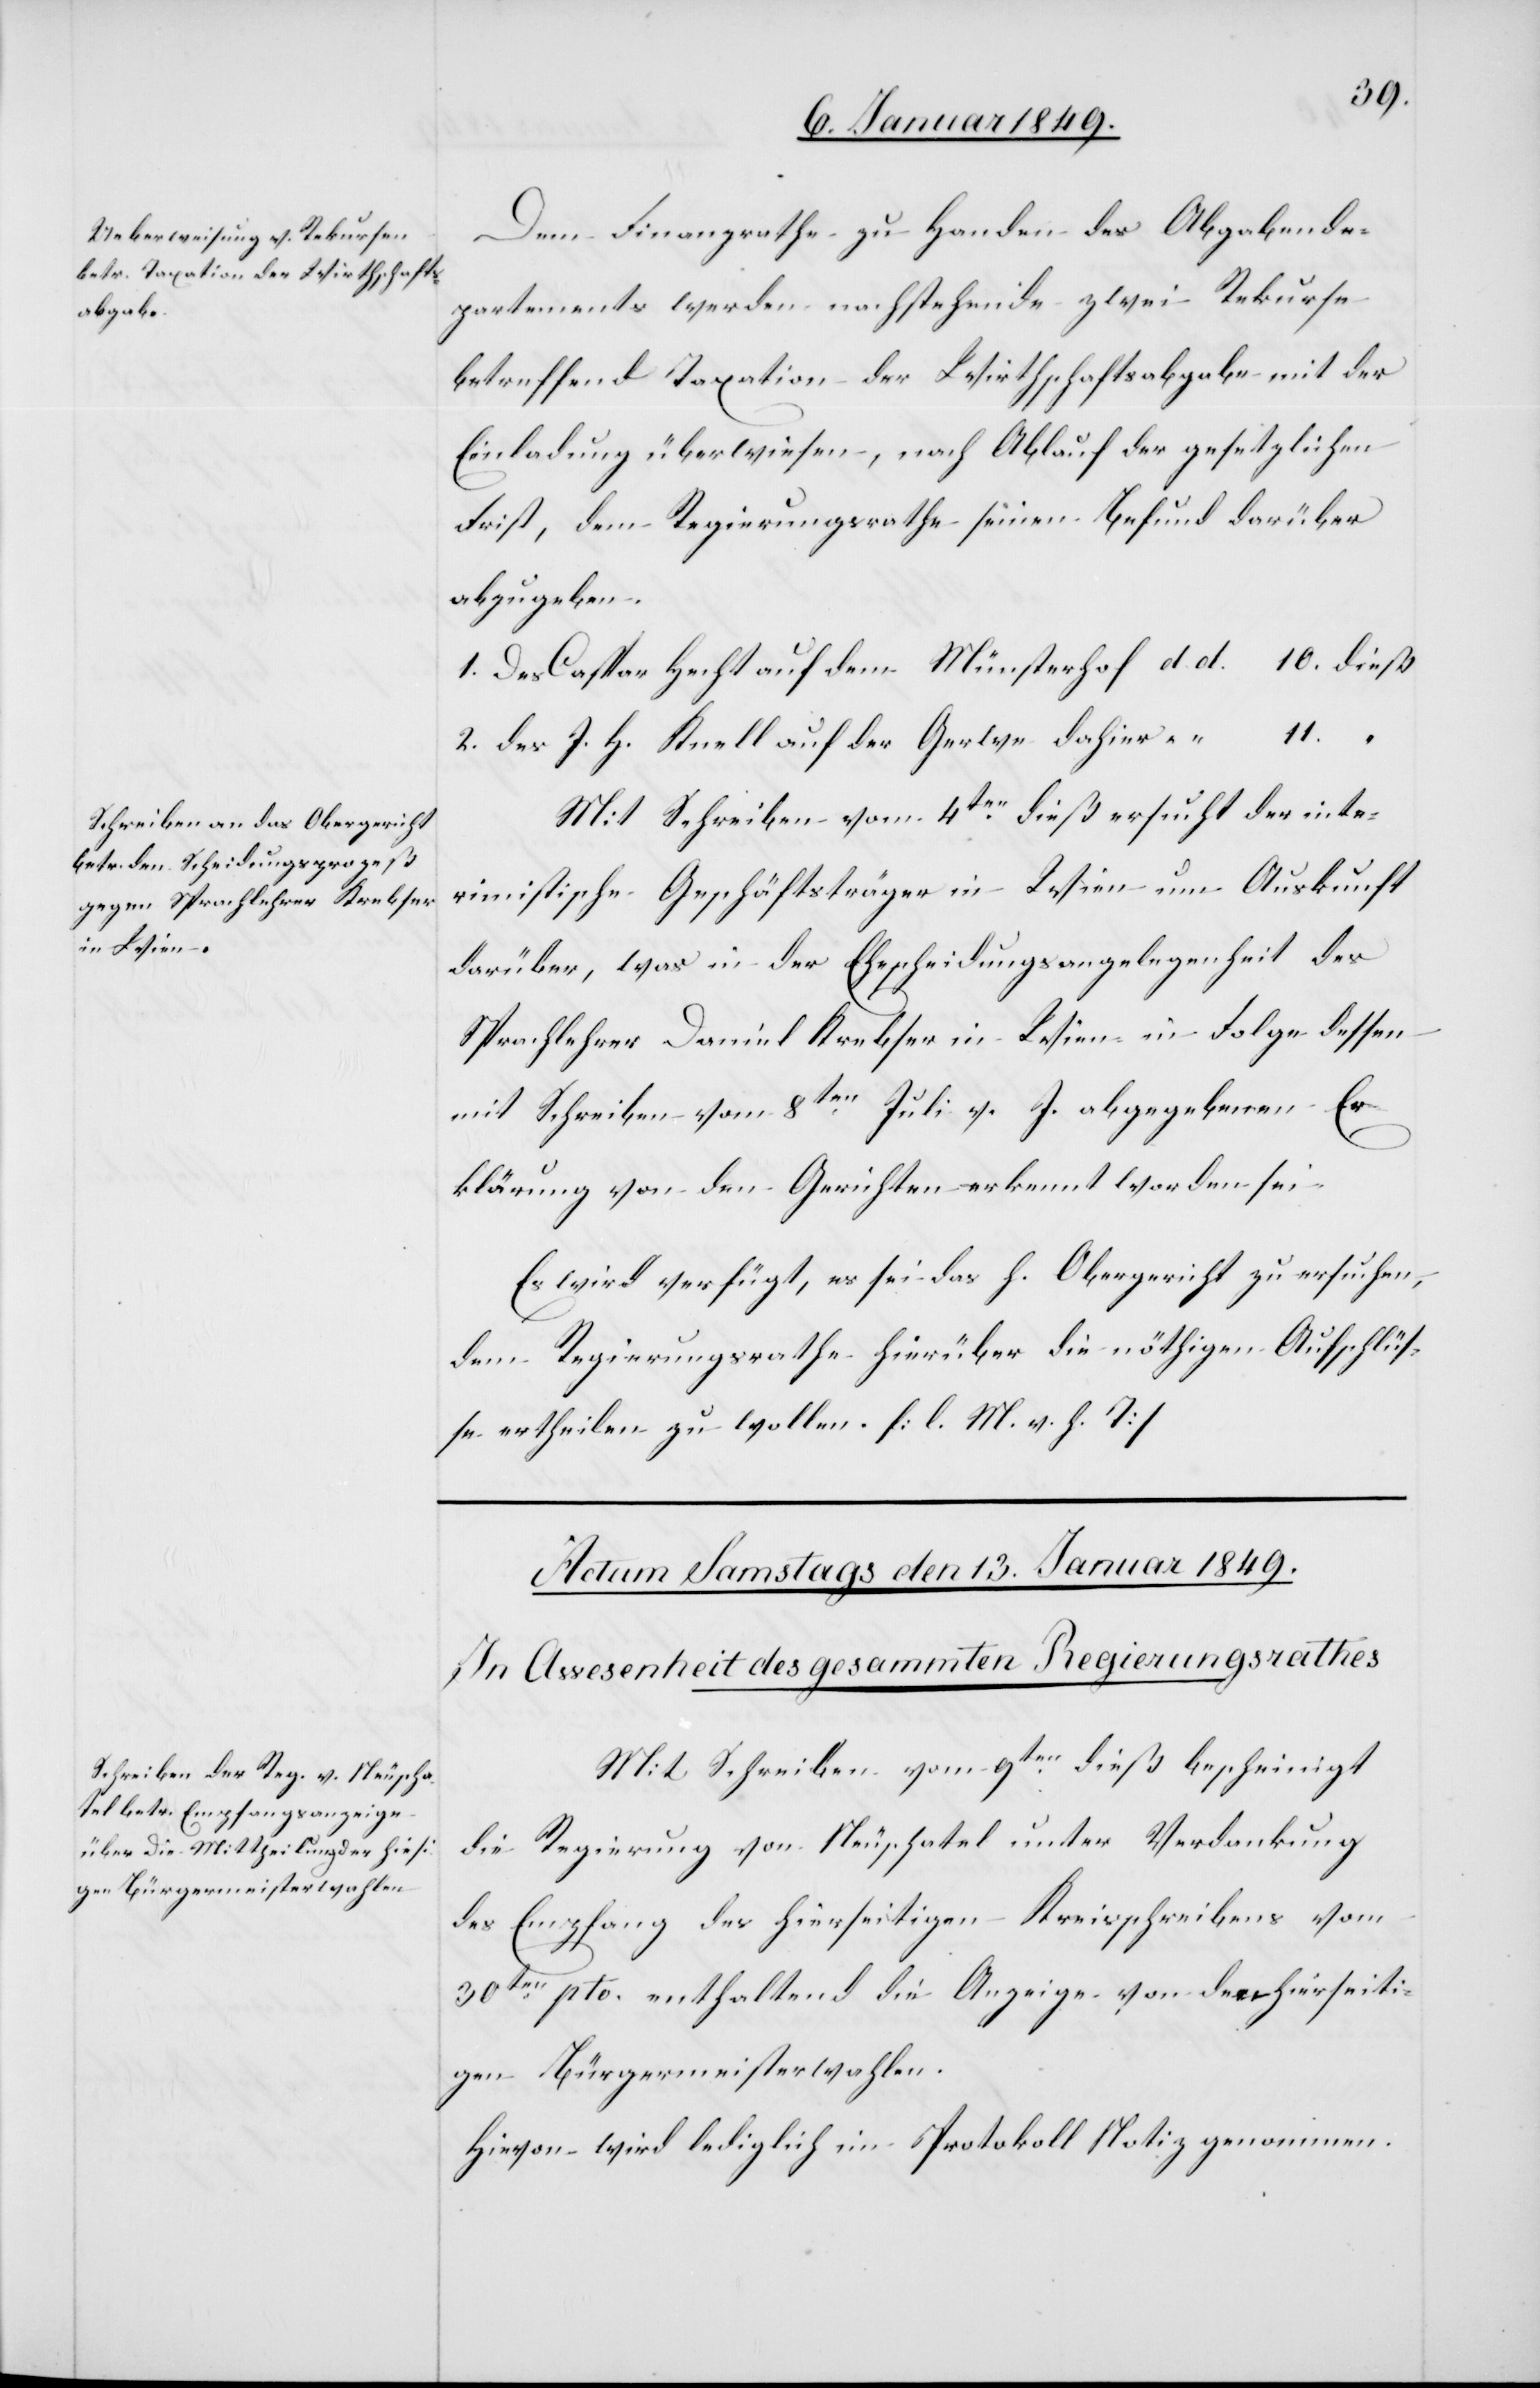
Dem Finanzrathe zu Handen des Abgabende¬
partements werden nachstehende zwei Rekurse
betreffend Taxation der Wirthschaftsabgabe mit der
Einladung überwiesen, nach Ablauf der gesetzlichen
Frist, dem Regierungsrathe seinen Befund darüber
abzugeben.
1. des Caspar Hecht auf dem Münsterhof d. d. 10. dieß
2. des J. H. Knell auf der Gerwe dahier “ “ 11.
Mit Schreiben vom 4ten. dieß ersucht der inte¬
rimistische Geschäftsträger in Wien um Auskunft
darüber, was in der Ehescheidungsangelegenheit des
Sprachlehrer Daniel Krebser in Wien in Folge dessen
mit Schreiben vom 8ten. Juli v. J. abgegebenen Er¬
klärung von den Gerichten erkennt worden sei.
Es wird verfügt, es sei das h. Obergericht zu ersuchen,
dem Regierungsrathe hierüber die nöthigen Aufschlüs¬
se ertheilen zu wollen. [l. M. v. h. T]
Actum den 12t Januar 1849.]
Mit Schreiben vom 9ten. dieß bescheinigt
die Regierung von Neuschatel unter Verdankung
des Empfang des hierseitigen Kreisschreibens vom
30ten. pto. enthaltend die Anzeige von den hierseiti¬
gen Bürgermeisterwahlen.
Hievon wird lediglich im Protokoll Notiz genommen.